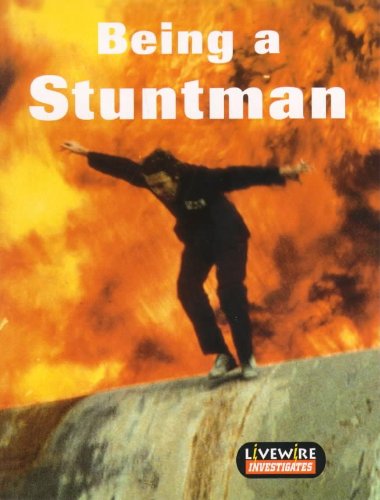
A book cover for Being a Stuntman: Investigates (Livewire Investigates); Kathy Galashan; Teen & Young Adult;